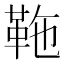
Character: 𩉻